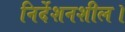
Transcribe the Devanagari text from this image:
निर्देशनशील।